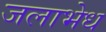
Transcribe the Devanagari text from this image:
जलाभेध